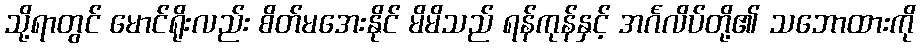
သို့ရာတွင် မောင်ရိုးလည်း စိတ်မအေးနိုင် မိမိသည် ရန်ကုန်နှင့် အင်္ဂလိပ်တို့၏ သဘောထားကို